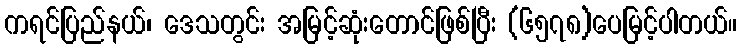
ကရင်ပြည်နယ်၊ ဒေသတွင်း အမြင့်ဆုံးတောင်ဖြစ်ပြီး (၆၅၇၈)ပေမြင့်ပါတယ်။